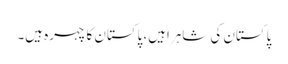
پاکستان کی شاہراہیں، پاکستان کا چہرہ ہیں۔